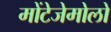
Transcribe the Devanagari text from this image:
मोंटेजेमोलो